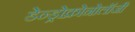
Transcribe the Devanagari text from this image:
डेन्ड्रोक्रोनोलॉजी